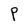
Character: P